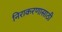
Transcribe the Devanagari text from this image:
निराकरणासाठी